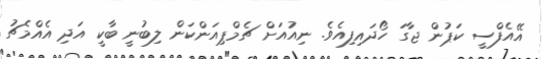
އޭއެފްސީ ކަޕުން ޖާގަ ހޯދައިފިއެވެ. ނިއުއަށް ޗެމްޕިއަންކަން ލިބުނީ ބާކީ އަދި އެއްމެޗު